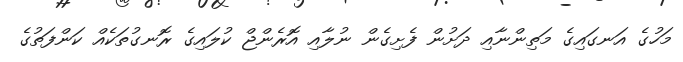
މަހުގެ އަނގައިގެ މަތިންނާއި ދަށުން ފެށިގެން ނުލާއި އޮރެންޖް ކުލައިގެ ރޮނގުތަކެއް ކަންފަތުގެ